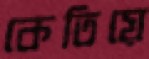
কেতিয়ে